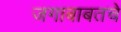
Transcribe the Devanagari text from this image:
जगाबाबतचे